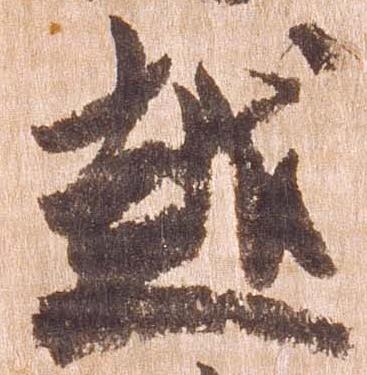
越